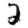
Digit: 2